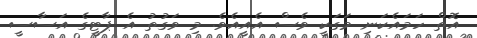
އޮތް ހަމައެކަނި މަގަކީ ވެސް އެއީއެވެ. މި ވަގުތު އެ ޕާޓީގެ އަސާސީ